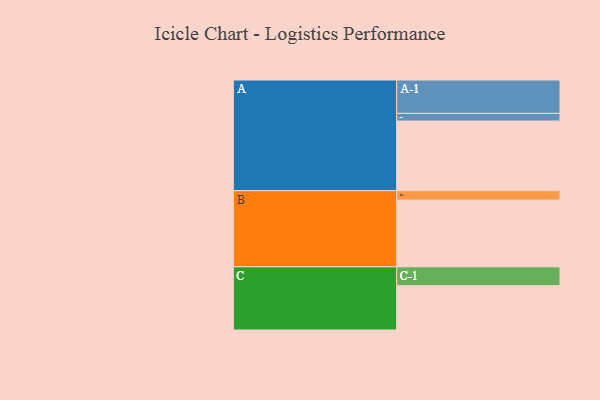
{"axis": {"x": "Segment", "y": "Value"}, "legend": ["", "A", "B", "C"], "data": [{"x": "A", "y": 528, "type": ""}, {"x": "B", "y": 506, "type": ""}, {"x": "C", "y": 336, "type": ""}, {"x": "A-1", "y": 253, "type": "A"}, {"x": "A-2", "y": 58, "type": "A"}, {"x": "B-1", "y": 71, "type": "B"}, {"x": "C-1", "y": 143, "type": "C"}]}